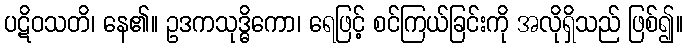
ပဋိဝသတိ၊ နေ၏။ ဥဒကသုဒ္ဓိကော၊ ရေဖြင့် စင်ကြယ်ခြင်းကို အလိုရှိသည် ဖြစ်၍။